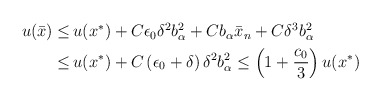
\begin{align*}\begin{aligned}u (\bar{x}) \leq \,& u (x^*) +C\epsilon_0\delta^2b_{\alpha}^2+ Cb_{\alpha}\bar{x}_n + C \delta^3 b_\alpha^2\\\leq \,& u (x^*) + C \left(\epsilon_0 + \delta\right) \delta^2 b_\alpha^2 \leq \left(1+\frac{c_0}{3}\right) u (x^*)\end{aligned}\end{align*}